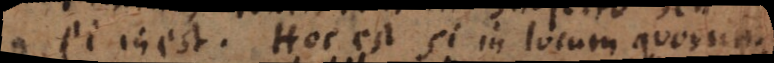
ei inest. Hoc est si in locum quorun